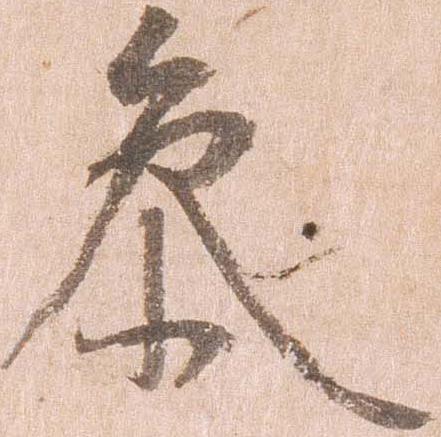
参